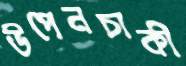
উপেনচাকী